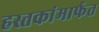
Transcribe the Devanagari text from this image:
हस्तकांमार्फत